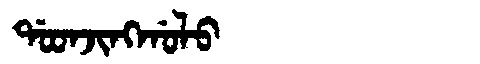
Manchu: ᡩᠣᠣᠨᠵᡳᠩᡤᠣᠯᠣ
Romanization: DOONJINGGOLO